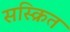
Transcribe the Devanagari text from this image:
सस्क्रित